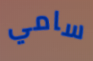
سامي